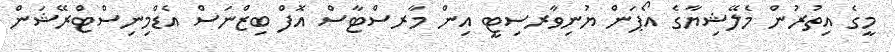
މީގެ އިތުރުން މެލޭޝިޔާގެ އޯޕަން ޔުނިވާރސިޓީ އިން މާރސްޓާސް އޮފް ބިޒްނަސް އެޑްމިނިސްޓްރޭޝަން